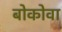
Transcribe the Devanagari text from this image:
बोकोवा